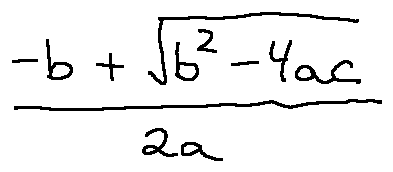
\frac { - b + \sqrt { b ^ { 2 } - 4 a c } } { 2 a }